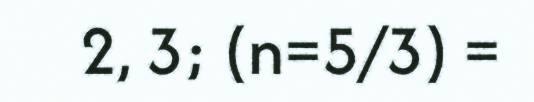
2, 3; (n=5/3) =